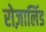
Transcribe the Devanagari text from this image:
रोज़ालिंड